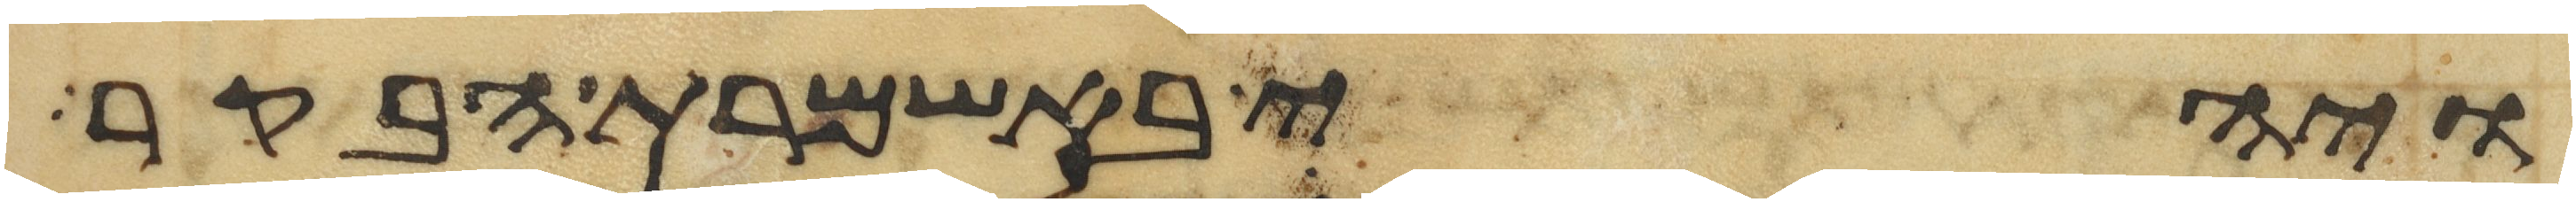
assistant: ויהי באשמרת הבקר